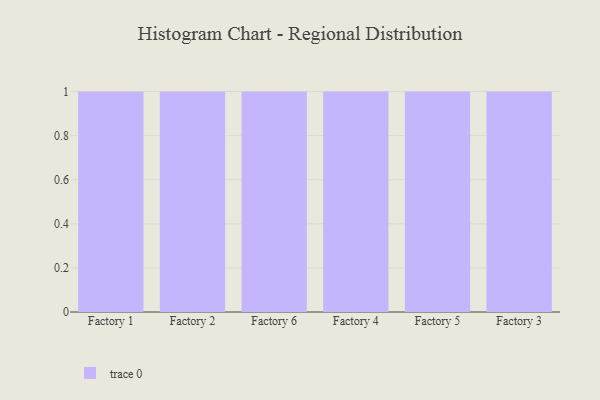
{"axis": {"x": "Factory", "y": "Budget (USD K)"}, "legend": [""], "data": [{"x": "Factory 1", "y": 82, "type": ""}, {"x": "Factory 2", "y": 12, "type": ""}, {"x": "Factory 6", "y": 47, "type": ""}, {"x": "Factory 4", "y": 16, "type": ""}, {"x": "Factory 5", "y": 96, "type": ""}, {"x": "Factory 3", "y": 3, "type": ""}]}